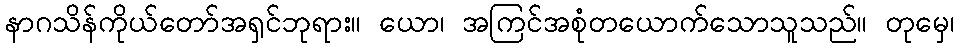
နာဂသိန်ကိုယ်တော်အရှင်ဘုရား။ ယော၊ အကြင်အစုံတယောက်သောသူသည်။ တုမှေ၊